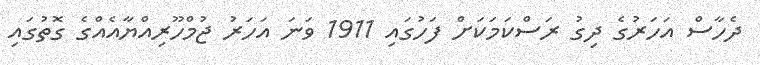
ދެހާސް އަހަރުގެ ދިގު ރަސްކަމަކަށް ފަހުގައި 1911 ވަނަ އަހަރު ޖުމްހޫރިއްޔާއެއްގެ ގޮތުގައި